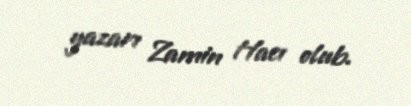
yazarı Zamin Hacı olub.